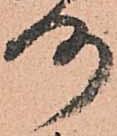
洛